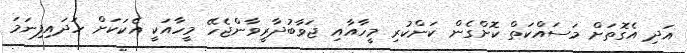
އަދި އެގޮތަށް މަސައްކަތް ކޮށްގެން ކަންކުރި މީހާއާއި ޖަވާބުދާރީވާންޖެހޭ މީހާއަކީ އެކަކަށް ހަދައިފިނަމަ